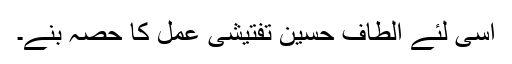
اسی لئے الطاف حسین تفتیشی عمل کا حصہ بنے۔